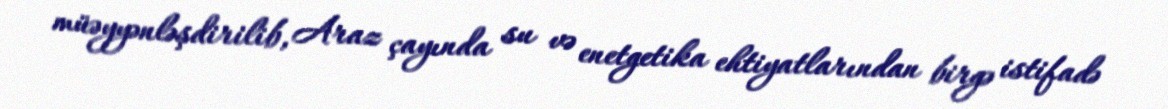
müəyyənləşdirilib, Araz çayında su və enetgetika ehtiyatlarından birgə istifadə